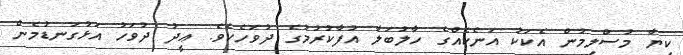
ކިޔާ މުސްލިމުން އެކަކު އަނެކެއްގެ ހާލުބަލާ އުފާކުރުމުގެ ދުވަހެކެވެ. ޢީދު ދުވަހު އަޅުގަނޑުމެން